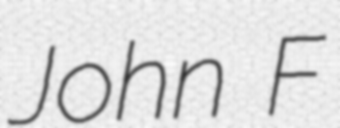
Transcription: John F